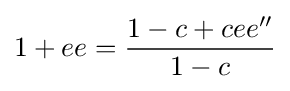
1+ee={\frac {1-c+cee''}{1-c}}